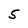
Character: 5